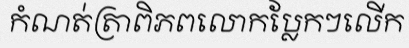
កំណត់ត្រាពិភពលោកប្លែកៗលើក